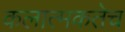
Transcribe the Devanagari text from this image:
कलात्मकतेच